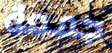
جمعة